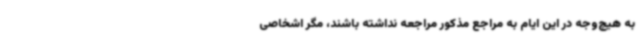
به هیچ‌وجه در این ایام به مراجع مذکور مراجعه نداشته باشند، مگر اشخاصی